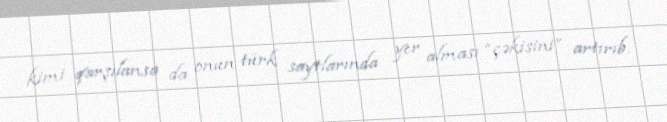
kimi qarşılansa da onun türk saytlarında yer alması “çəkisini” artırıb.